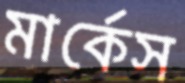
মার্কেস